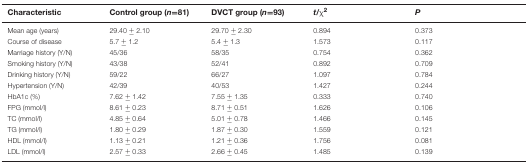
| Characteristic | Control group (n=81) | DVCT group (n=93) | t/χ2 | P |
 | --- | --- | --- | --- | --- |
 | Mean age (years) | 29.40 ± 2.10 | 29.70 ± 2.30 | 0.894 | 0.373 |
 | Course of disease | 5.7 ± 1.2 | 5.4 ± 1.3 | 1.573 | 0.117 |
 | Marriage history (Y/N) | 45/36 | 58/35 | 0.754 | 0.362 |
 | Smoking history (Y/N) | 43/38 | 52/41 | 0.892 | 0.709 |
 | Drinking history (Y/N) | 59/22 | 66/27 | 1.097 | 0.784 |
 | Hypertension (Y/N) | 42/39 | 40/53 | 1.427 | 0.244 |
 | HbA1c (%) | 7.62 ± 1.42 | 7.55 ± 1.35 | 0.333 | 0.740 |
 | FPG (mmol/l) | 8.61 ± 0.23 | 8.71 ± 0.51 | 1.626 | 0.106 |
 | TC (mmol/l) | 4.85 ± 0.64 | 5.01 ± 0.78 | 1.466 | 0.145 |
 | TG (mmol/l) | 1.80 ± 0.29 | 1.87 ± 0.30 | 1.559 | 0.121 |
 | HDL (mmol/l) | 1.13 ± 0.21 | 1.21 ± 0.36 | 1.756 | 0.081 |
 | LDL (mmol/l) | 2.57 ± 0.33 | 2.66 ± 0.45 | 1.485 | 0.139 |